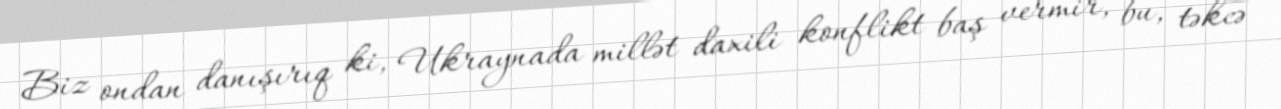
Biz ondan danışırıq ki, Ukraynada millət daxili konflikt baş vermir, bu, təkcə